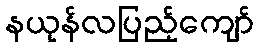
နယုန်လပြည့်ကျော်